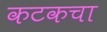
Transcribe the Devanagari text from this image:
कटकचा